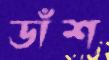
ডাঁশ